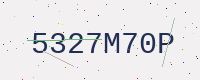
Text: 5327M70P